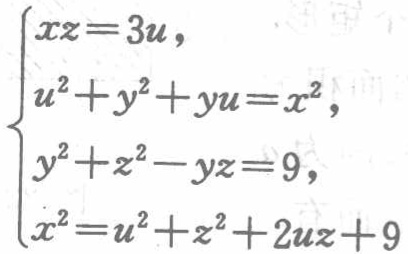
$\begin{cases}

xz = 3u,\\

u^{2}+y^{2}+yu=x^{2},\\

y^{2}+z^{2}-yz = 9,\\

x^{2}=u^{2}+z^{2}+2uz + 9

\end{cases}$